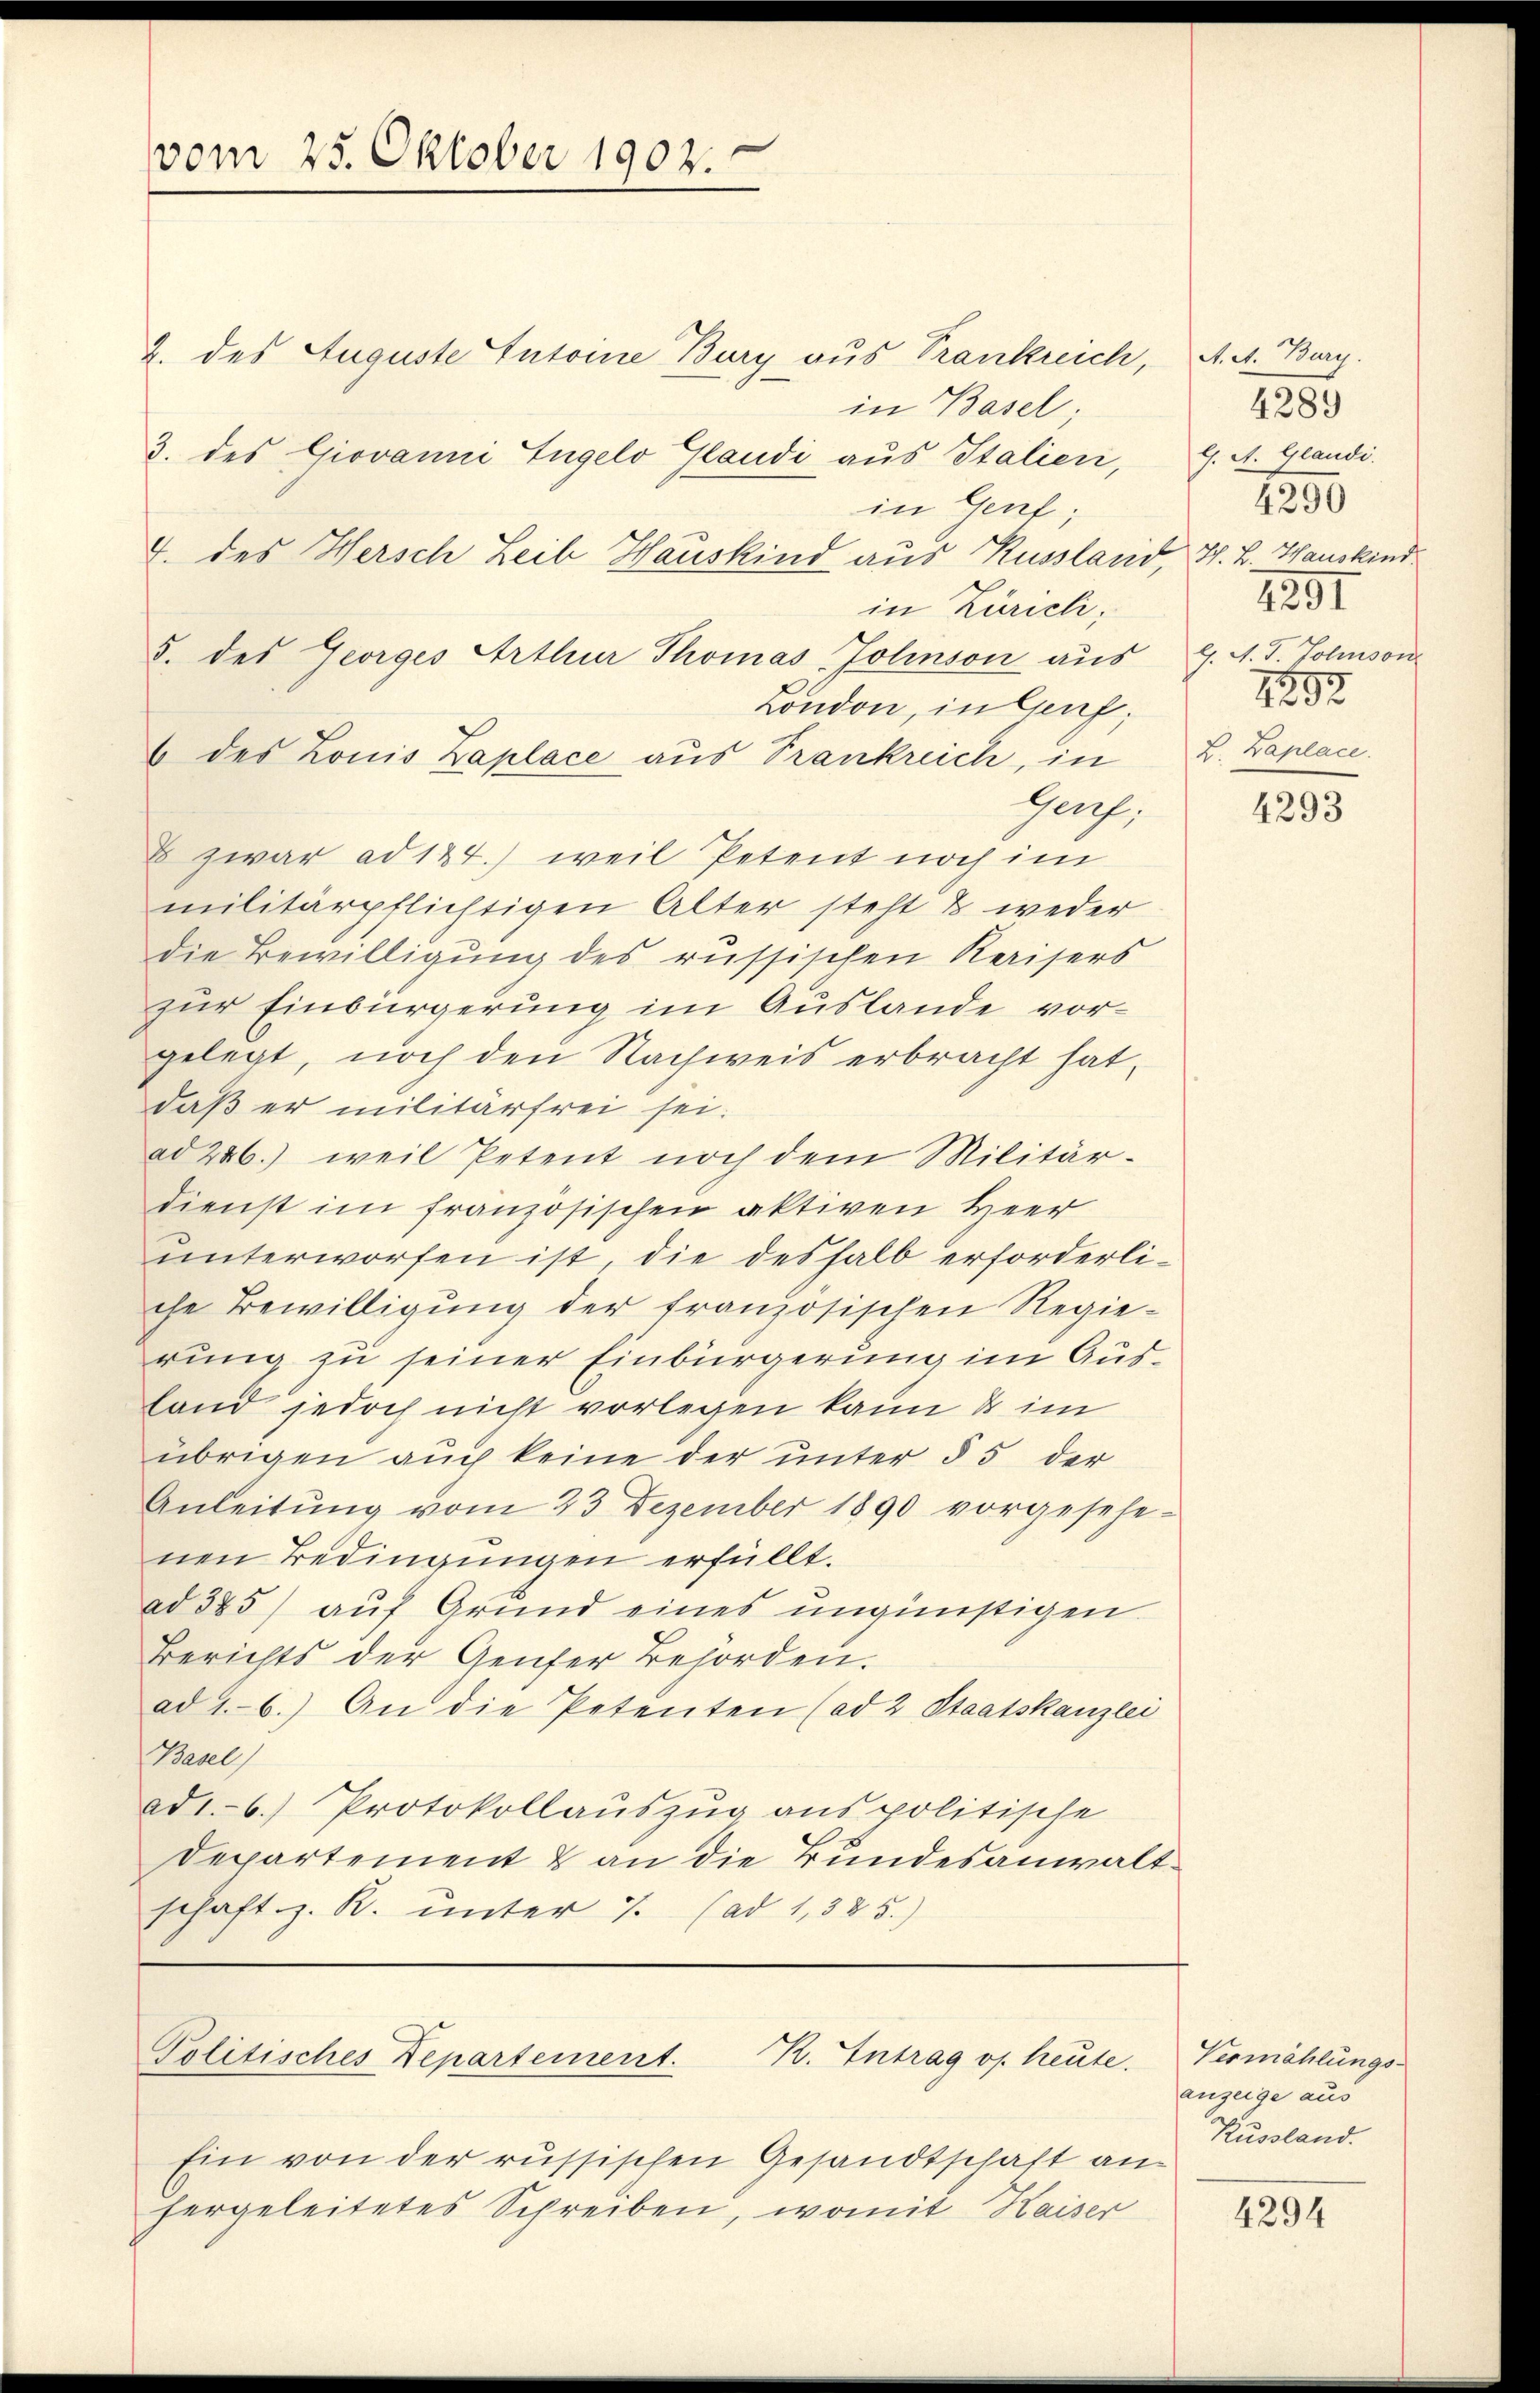
vom 25. Oktober 1902.

2. des Auguste Intoine Bury aus Trankreich,
in Basel;
3. des Giovanni Tügelo Plaudi aus Italien,
in Genf;
7. des Hersch Leib Hauskind aus Russland, H. H. Hauskind
in Zürich,
5. des Georges Arthur Thomas Jolinson aus J. A. T. Solmson
London, in Genf;
6 des Louis Zaplace aus Trankreich, in
Genf;
& zwar ad 124.) weil Petent noch im
militärpflichtigen Alter steht & weder
die Bewilligung des russischen Kaisers
zur Einbürgerung im Auslande vorgelegt, noch den Nachweis erbracht hat,
daß er militärfrei sei.
ad 286.) weil Petent noch dem Militär-
dienst im französischen aktiven Herr
unterworfen ist, die deshalb erforderliche Bewilligung der französischen Regierung zu seiner Einbürgerung im Ausland jedoch nicht vorlegen kann & im
übrigen auch keine der unter § 5 der
Anleitŭng vom 23 Dezember 1890 vorgesehe-
nen Bedingungen erfüllt.
ad 325) auf Grund eines ungünstigen
Berichts der Genfer Behörden.
ad 1.6.) An die Petenten (ad 2 Staatskanzlei
Basel
ad1.- 6) Protokollauszug aus politische
Departement & an die Bundesanwaltschaft z. R. unter 7. (ad 1,325.)

Politisches Departement.
K. Antrag of heute.

A. A. Burg.
4289
l. A. Glaudi.
1250
1291
2893
L. Zaplace.

Ein von der russischen Gesandtschaft an
hergeleitetes Schreiben, womit Kaiser

4293

Vermählungs-
anzeige aus
Kussland.

4294